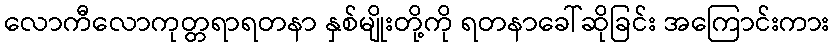
လောကီလောကုတ္တရာရတနာ နှစ်မျိုးတို့ကို ရတနာခေါ်ဆိုခြင်း အကြောင်းကား